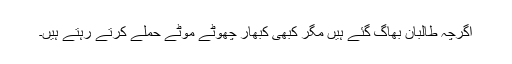
اگرچہ طالبان بھاگ گئے ہیں مگر کبھی کبھار چھوٹے موٹے حملے کرتے رہتے ہیں۔